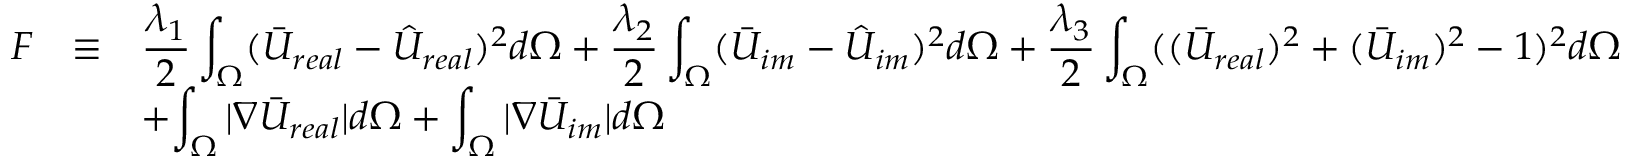
\begin{array} { r c l } { F } & { \equiv } & { \displaystyle { \frac { \lambda _ { 1 } } { 2 } \int _ { \Omega } ( \bar { U } _ { r e a l } - \hat { U } _ { r e a l } ) ^ { 2 } d \Omega + \frac { \lambda _ { 2 } } { 2 } \int _ { \Omega } ( \bar { U } _ { i m } - \hat { U } _ { i m } ) ^ { 2 } d \Omega + \frac { \lambda _ { 3 } } { 2 } \int _ { \Omega } ( ( \bar { U } _ { r e a l } ) ^ { 2 } + ( \bar { U } _ { i m } ) ^ { 2 } - 1 ) ^ { 2 } d \Omega } } \\ & & { + \displaystyle { \int _ { \Omega } | \nabla \bar { U } _ { r e a l } | d \Omega + \int _ { \Omega } | \nabla \bar { U } _ { i m } | d \Omega } } \end{array}